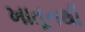
ખાતૂનથી